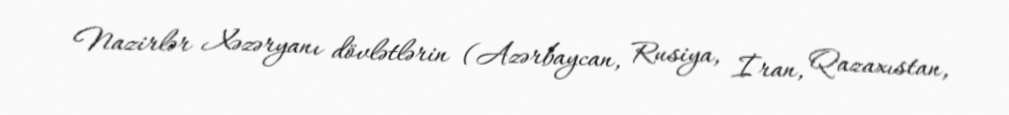
Nazirlər Xəzəryanı dövlətlərin (Azərbaycan, Rusiya, İran, Qazaxıstan,